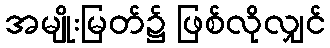
အမျိုးမြတ်၌ ဖြစ်လိုလျှင်